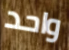
واحد